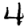
Digit: 4